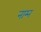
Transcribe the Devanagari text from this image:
नाम्न